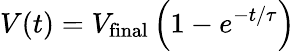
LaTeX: V(t)=V_{\mathrm{final}}\left(1-e^{-t/\tau}\right)